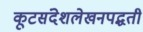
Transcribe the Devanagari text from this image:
कूटसंदेशलेखनपद्धती